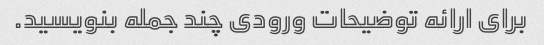
برای ارائه توضیحات ورودی چند جمله بنویسید.